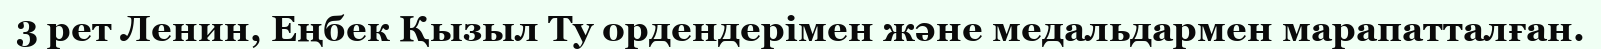
3 рет Ленин, Еңбек Қызыл Ту ордендерімен және медальдармен марапатталған.